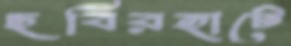
ছবিরহাটে